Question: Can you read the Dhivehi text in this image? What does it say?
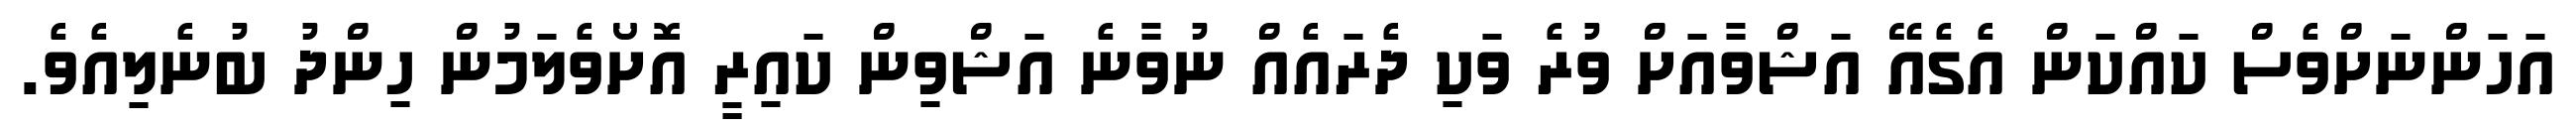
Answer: އަހަންނަށްވެސް ކައްކަން އެގެއޭ އަޝްވާއަށް ވުރެ ވަކި ދެރައެއް ނުވާނެ އަޝްވިން ކައިރީ އޮށޯވެލަމުން ހިންދު ބުނެލިއެވެ.